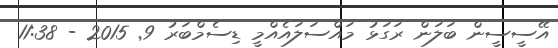
އޭސީސީން ބަލަން ރަގަޅު މައްސަލައެއްމީ ޑިސެމްބަރު 9